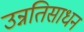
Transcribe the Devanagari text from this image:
उन्नतिसाधन